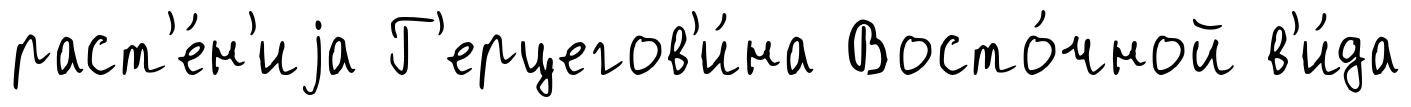
раст'е́н'иjа Г'ерцегов'и́на Восто́чной в'и́да